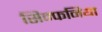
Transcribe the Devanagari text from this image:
सिम्फनिया